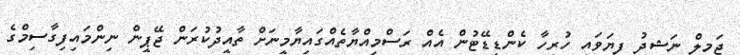
ޖަމީލް ނަޝީދު ފިޔަވައި ހުރިހާ ކެންޑިޑޭޓުން އެއް ރަސްމިއްޔާތެއްގައިޔާމީނަށް ތާއީދުކުރަން ޖޭޕީން ނިންމައިފިގާސިމްގެ